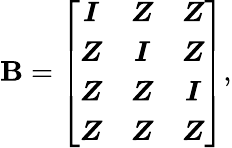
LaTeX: \boldsymbol{\mathbf{B}}=\left[\begin{array}{ccc}{\boldsymbol{I}}&{\boldsymbol{Z}}&{\boldsymbol{Z}}\\ {\boldsymbol{Z}}&{\boldsymbol{I}}&{\boldsymbol{Z}}\\ {\boldsymbol{Z}}&{\boldsymbol{Z}}&{\boldsymbol{I}}\\ {\boldsymbol{Z}}&{\boldsymbol{Z}}&{\boldsymbol{Z}}\end{array}\right]\mathrm{{,}}